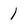
Character: 1